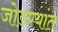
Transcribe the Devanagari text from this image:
जोडण्यांत